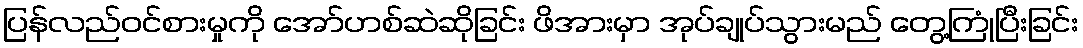
ပြန်လည်ဝင်စားမှုကို အော်ဟစ်ဆဲဆိုခြင်း ဖိအားမှာ အုပ်ချုပ်သွားမည် တွေ့ကြုံပြီးခြင်း